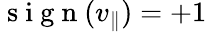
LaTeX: \mathrm{~s~i~g~n~}(v_{\| })=+1